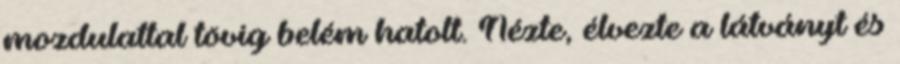
mozdulattal tövig belém hatolt. Nézte, élvezte a látványt és